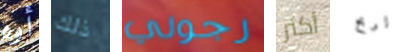
أوه ذلك رجولي أكثر لربح